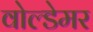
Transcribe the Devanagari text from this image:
वोल्डेमर